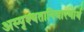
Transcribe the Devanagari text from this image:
अस्पृश्यतानिवारणार्थ